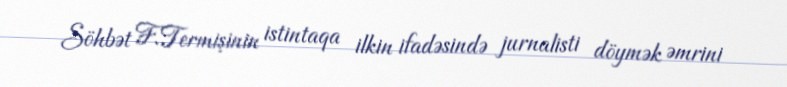
Söhbət F.Termişinin istintaqa ilkin ifadəsində jurnalisti döymək əmrini